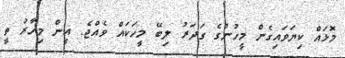
މޮޅައް ކިޔަވައިގެން މީހުންގެ ގަދަރު ލިބޭ މީހަކައް ވެއްޖެ. އީން މިހާރު ތީ